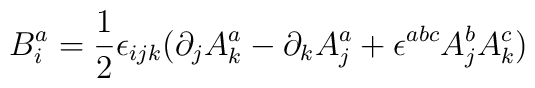
B_{i}^{a}=\frac{1}{2}\epsilon_{ijk}(\partial_{j}A_{k}^{a}-\partial_{k}A_{j}^{a}+\epsilon^{abc} A_{j}^{b} A_{k}^{c})